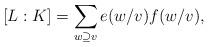
LaTeX: \begin{align*}[L:K] &= \sum_{w\supseteq v}e(w/v)f(w/v),\end{align*}